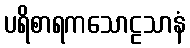
ပရိစာရကသောဠသာနံ